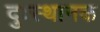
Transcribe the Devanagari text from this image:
दुःस्थानक